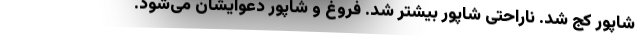
شاپور کج شد. ناراحتی شاپور بیشتر شد. فروغ و شاپور دعوایشان می‌شود.